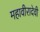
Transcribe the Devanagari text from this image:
महावीरादेवी